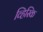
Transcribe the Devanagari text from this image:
व्हिस्कि